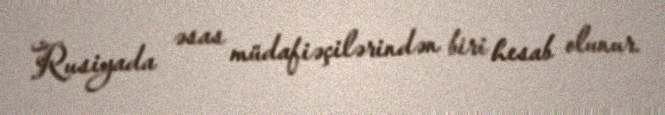
Rusiyada əsas müdafiəçilərindən biri hesab olunur.